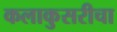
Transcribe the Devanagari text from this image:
कलाकुसरीचा